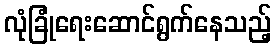
လုံခြုံရေးဆောင်ရွက်နေသည့်